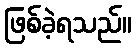
ဖြစ်ခဲ့ရသည်။